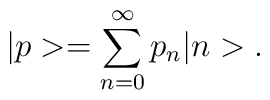
|p > = \sum_{n = 0 }^{\infty} p_{n} |n >.